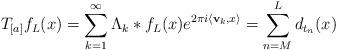
LaTeX: \begin{align*}{T_{[a]}}f_L(x)=\sum_{k=1}^{\infty}{{\Lambda}_k\ast f_L(x)e^{2\pi i\langle \mathbf{v}_k,x \rangle}}=\sum_{n=M}^{L}{d_{{t_n}}(x)}\end{align*}